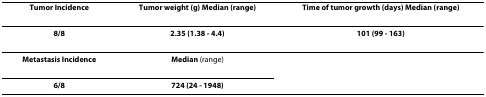
<table><thead><tr><td><b>Tumor Incidence</b></td><td><b>Tumor weight (g) Median (range)</b></td><td><b>Time of tumor growth (days) Median (range)</b></td></tr></thead><tbody><tr><td><b>8/8</b></td><td><b>2.35 (1.38 - 4.4)</b></td><td><b>101 (99 - 163)</b></td></tr><tr><td><b>Metastasis Incidence</b></td><td><b>Median </b>(range)</td><td></td></tr><tr><td><b>6/8</b></td><td><b>724 (24 - 1948)</b></td><td></td></tr></tbody></table>